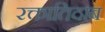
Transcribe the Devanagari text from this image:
रक्तातिदाब